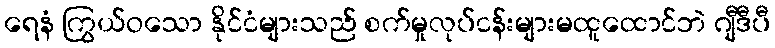
ရေနံ ကြွယ်ဝသော နိုင်ငံများသည် စက်မှုလုပ်ငန်းများမထူထောင်ဘဲ ဂျီဒီပီ